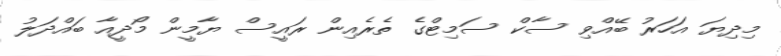
މިދިޔަ އަހަރު ބޭއްވި ސާކް ސަމިޓްގެ ތެރެއިން ރައީސް ޔާމީން މޯދީއާ ބައްދަލު